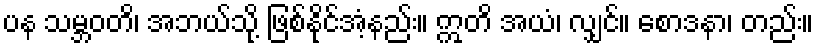
ပန သမ္ဘဝတိ၊ အဘယ်သို့ ဖြစ်နိုင်အံ့နည်း။ ဣတိ အယံ၊ လျှင်။ စောဒနာ၊ တည်း။